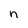
Character: n